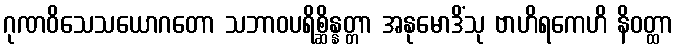
ဂုဏဝိသေသယောဂတော သဘာဝပရိစ္ဆိန္နတ္တာ အနုမောဒိံသု ဗာဟိရကေဟိ နိဝတ္ထာ